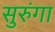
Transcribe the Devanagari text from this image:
सुरुंगा